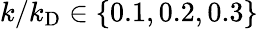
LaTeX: k/k_{\mathrm{D}}\in\left\{ 0.1,0.2,0.3\right\}